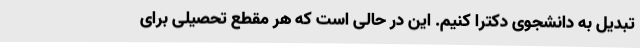
تبدیل به دانشجوی دکترا کنیم. این در حالی است که هر مقطع تحصیلی برای